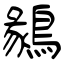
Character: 鶨